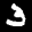
Label: 3